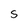
Character: S